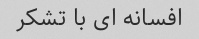
افسانه ای با تشکر